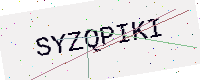
Text: SYZQPIKI